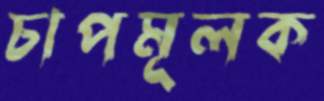
চাপমূলক